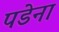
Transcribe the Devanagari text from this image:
पडेना